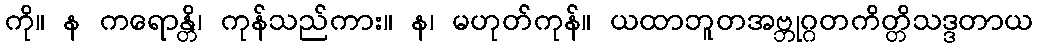
ကို။ န ကရောန္တိ၊ ကုန်သည်ကား။ န၊ မဟုတ်ကုန်။ ယထာဘူတအဗ္ဘုဂ္ဂတကိတ္တိသဒ္ဒတာယ